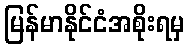
မြန်မာနိုင်ငံအစိုးရမှ